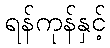
ရန်ကုန်နှင့်